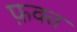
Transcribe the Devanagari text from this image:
फ़क्‍त